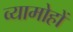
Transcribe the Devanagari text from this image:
व्यामोहों